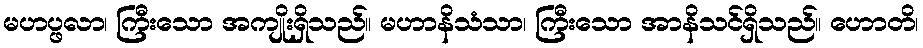
မဟပ္ဖလာ၊ ကြီးသော အကျိုးရှိသည်။ မဟာနိသံသာ၊ ကြီးသော အာနိသင်ရှိသည်။ ဟောတိ၊